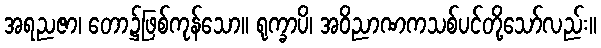
အရညဇာ၊ တော၌ဖြစ်ကုန်သော။ ရုက္ခာပိ၊ အဝိညာဏကသစ်ပင်တို့သော်လည်း။